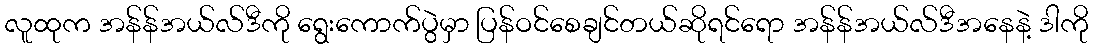
လူထုက အန်န်အယ်လ်ဒီကို ရွေးကောက်ပွဲမှာ ပြန်ဝင်စေချင်တယ်ဆိုရင်ရော အန်န်အယ်လ်ဒီအနေနဲ့ ဒါကို